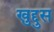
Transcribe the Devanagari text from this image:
खुद्दुस